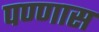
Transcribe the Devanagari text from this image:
पण्णास